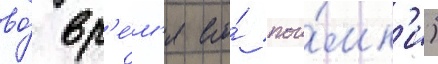
во́ вр'е́м'я его́ пои́мк'и)